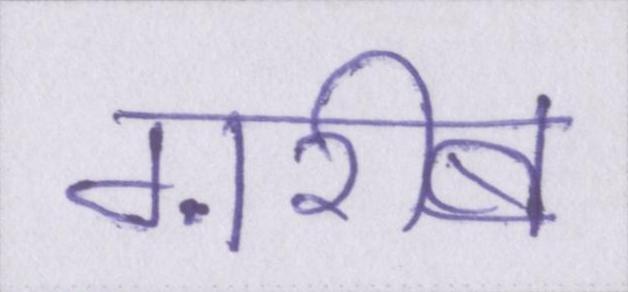
ग़रीब